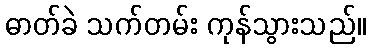
ဓာတ်ခဲ သက်တမ်း ကုန်သွားသည်။